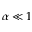
{ \alpha } \ll 1